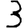
Digit: 3